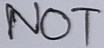
Text: NOT